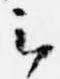
云